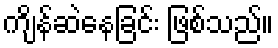
ကျိန်ဆဲနေခြင်း ဖြစ်သည်။